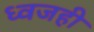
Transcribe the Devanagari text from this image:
ध्वजही